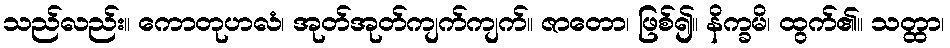
သည်လည်း။ ကောတုဟလံ၊ အုတ်အုတ်ကျက်ကျက်။ ဇာတော၊ ဖြစ်၍။ နိက္ခမိ၊ ထွက်၏။ သတ္ထာ၊